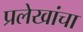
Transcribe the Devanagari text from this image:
प्रलेखांचा